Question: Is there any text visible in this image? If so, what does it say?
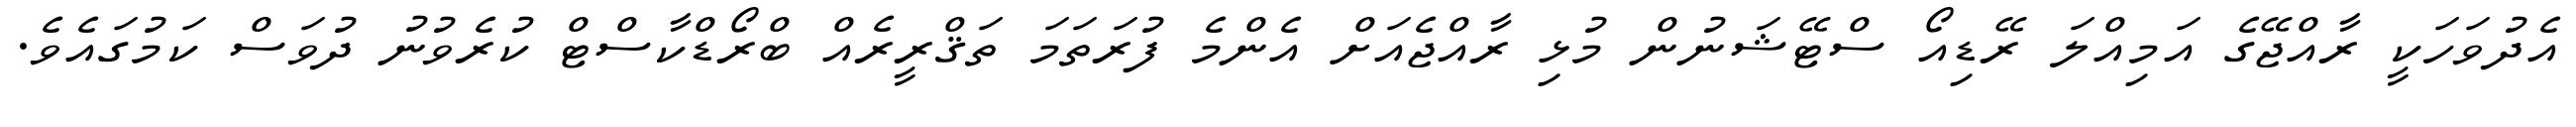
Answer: އެދުވަހަކީ ރާއްޖޭގެ އަމިއްލަ ރޭޑިއޯ ސްޓޭޝަނުން މުޅި ރާއްޖެއަށް އެންމެ ފުރަތަމަ ތަޤްރީރެއް ބްރޯޑްކާސްޓް ކުރެވުނު ދުވަސް ކަމުގައެވެ.